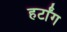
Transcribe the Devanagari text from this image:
हर्टांग